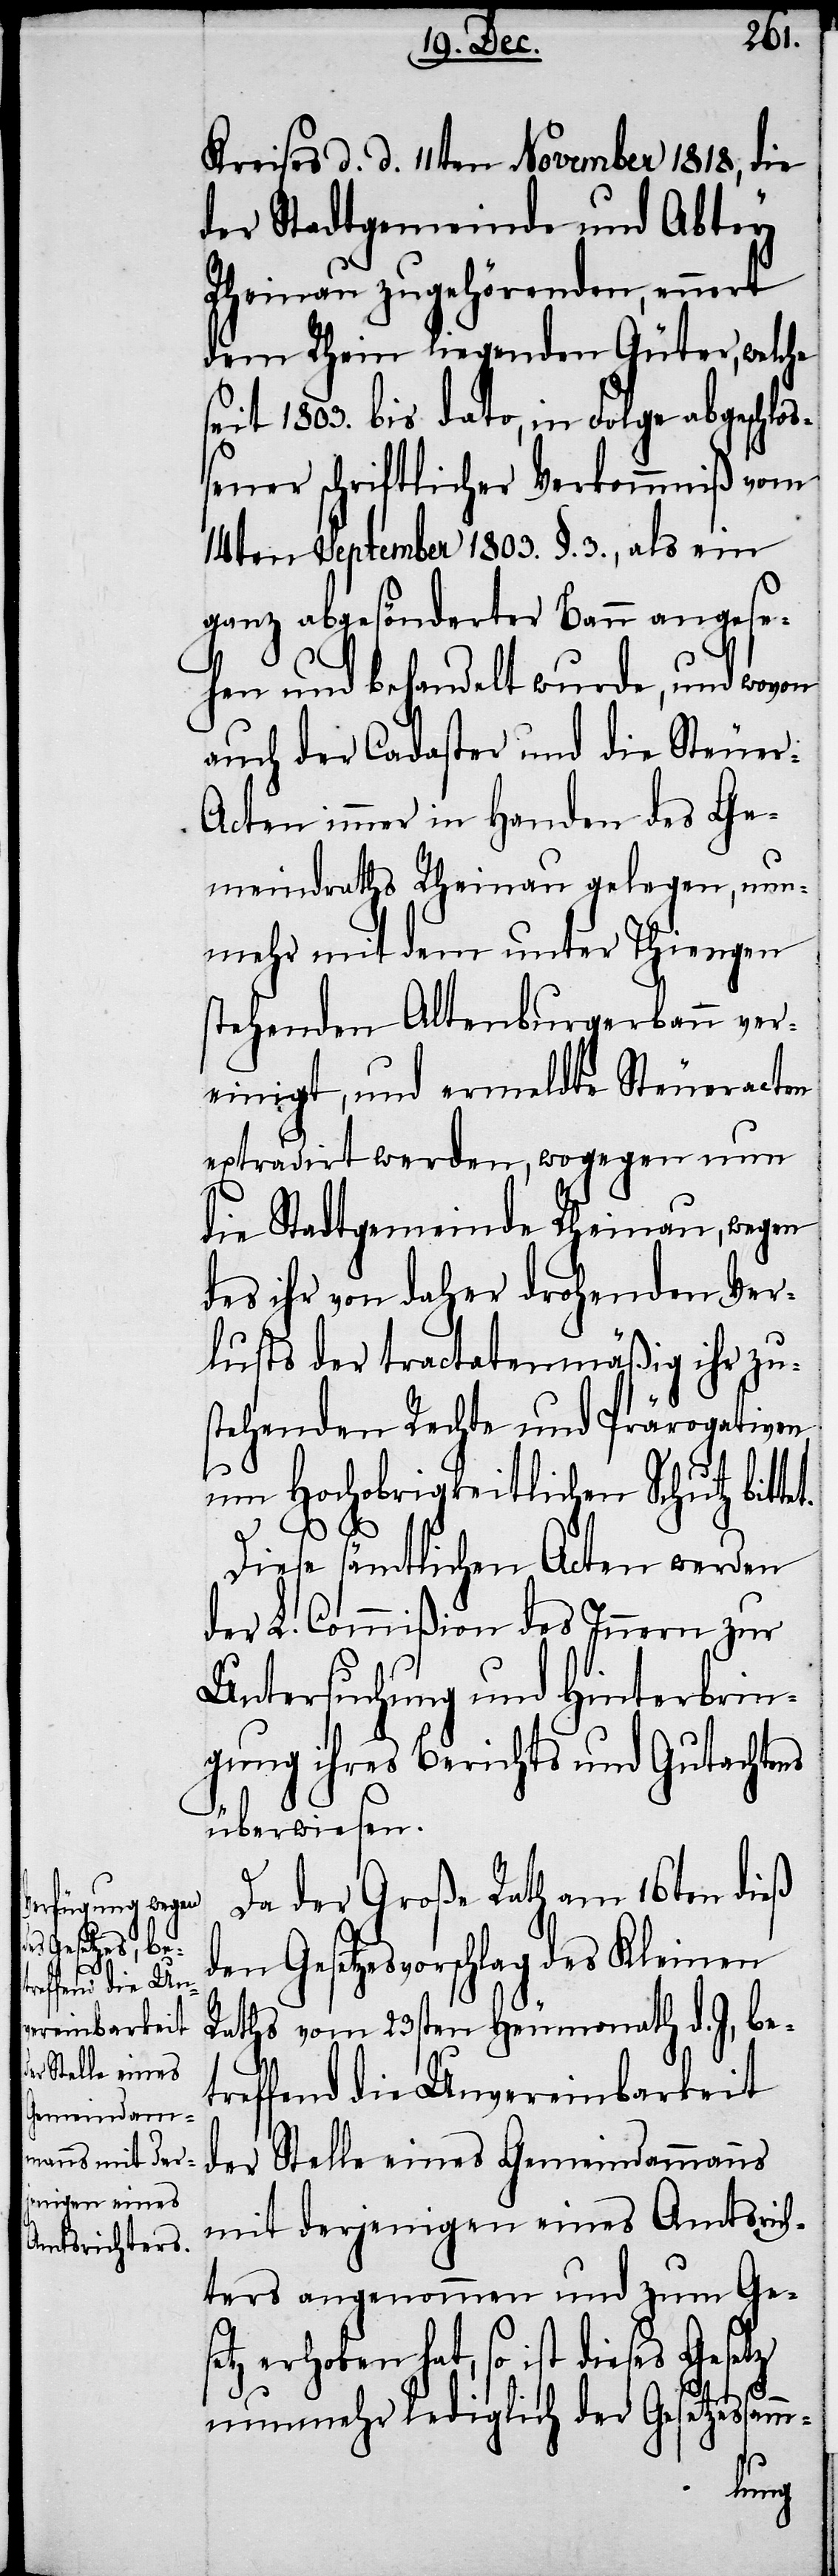
Kreises d. d. 11ten November 1818, die
der Stadtgemeinde und Abthey
Rheinau zugehörenden, ennert
dem Rhein liegenden Güter, welche
seit 1803. bis dato, in Folge abgeschlo¬
ßener schriftlicher Verkommniß vom
14ten September 1803. §. 3., als ein
ganz abgesönderter Bann angese¬
hen und behandelt wurde, und wovon
auch der Cadaster und die Steuer-A¬
cten immer in Handen des Ge¬
meindraths Rheinau gelegen, nun¬
mehr mit dem unter Thiengen
stehenden Altenburgerbann ver¬
einigt, und ermeldte Steueracten
extradirt werden, wogegen nun
die Stadtgemeinde Rheinau, wegen
des ihr von daher drohenden Ver¬
lusts der tractatenmäßig ihr zu¬
stehenden Rechte und Prärogativen,
um Hochobrigkeitlichen Schutz bitt¬
et.
Diese sämtlichen Acten werden
der L. Commißion des Innern zur
Untersuchung und Hinterbrin¬
gung ihres Berichts und Gutachtens
überwiesen.
Da der Große Rath am 16ten dieß
Gesetzesvorschlag des Kleinen
Raths vom 23sten Heumonath d. J, bet¬
reffend die Unvereinbarkeit
der Stelle eines Gemeindammanns
mit derjenigen eines Amtsrich¬
ters angenommen und zum Ges¬
etz erhoben hat, so ist dieses Gesetz
nunmehr lediglich der Gesetzessamm-